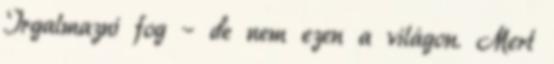
Irgalmazni fog – de nem ezen a világon. Mert